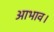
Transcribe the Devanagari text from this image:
आभाव।